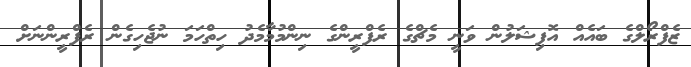
ޒެފްރޯލްގެ ބައެއް އޮފިޝަލުން ވަނީ މެޗްގެ ރެފްރީންގެ ނިންމުމާމެދު ހިތްހަމަ ނުޖެހިގެން ރެފްރީންނަށް